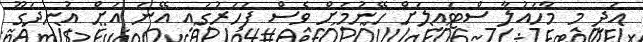
އަދި މި މާހައުލާ ސްޓައިލަށް ހޭނުމަށް ވެސް ފަހަރުގައި އޭނަ އަށް އުނދަގޫ